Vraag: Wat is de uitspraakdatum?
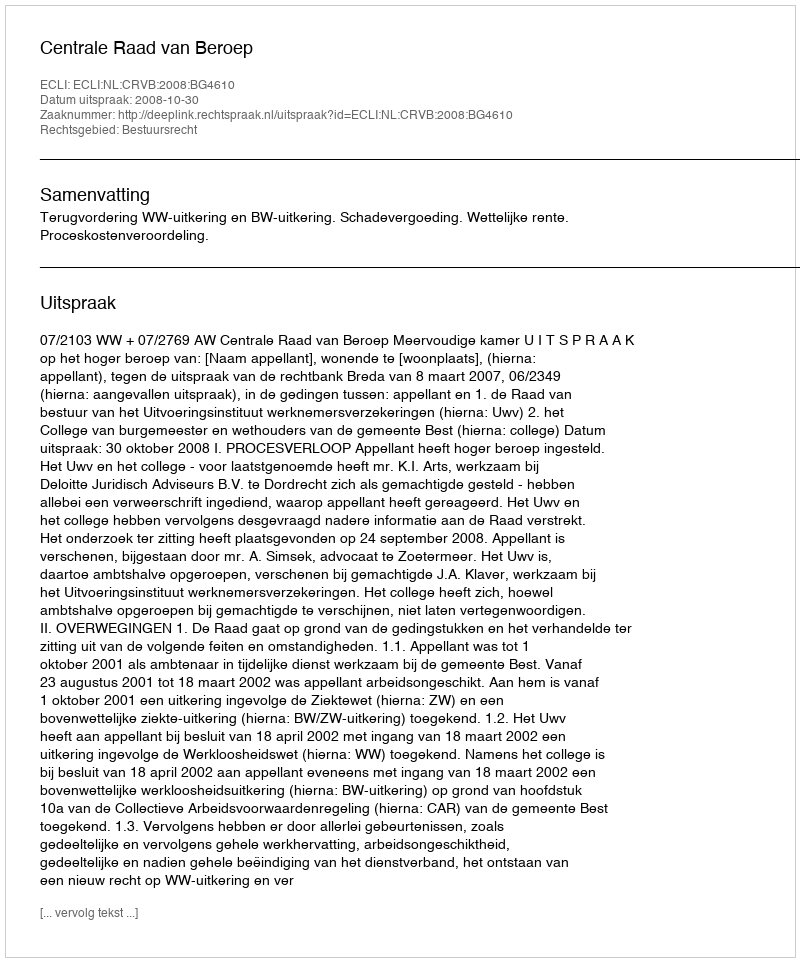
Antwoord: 2008-10-30